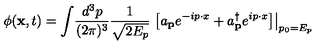
\phi ( { \bf x } , t ) = \int \! \frac { d ^ { 3 } p } { ( 2 \pi ) ^ { 3 } } \frac { 1 } { \sqrt { 2 E _ { p } } } \left. \left[ a _ { \bf p } e ^ { - i p \cdot x } + a _ { \bf p } ^ { \dag } e ^ { i p \cdot x } \right] \right| _ { p _ { 0 } = E _ { p } }